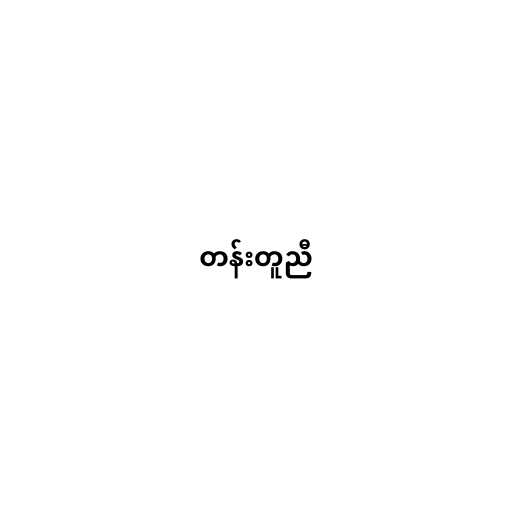
တန်းတူညီ